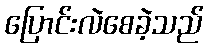
ပြောင်းလဲစေခဲ့သည်